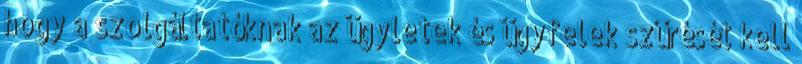
hogy a szolgáltatóknak az ügyletek és ügyfelek szűrését kell